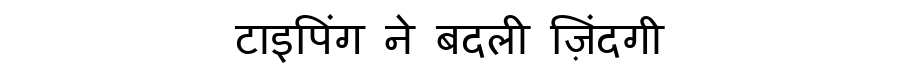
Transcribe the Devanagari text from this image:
टाइपिंग ने बदली ज़िंदगी